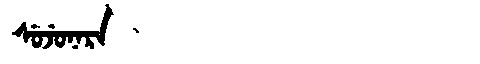
Manchu: ᠰᡠᠵᡠᠨᠠᡵᠠ
Romanization: SUJUNARA